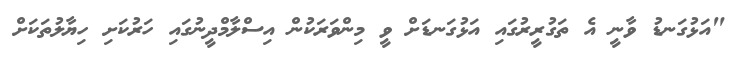
"އަޅުގަނޑު ވާނީ އެ ތަގުރީރުގައި އަޅުގަނޑަށް ވީ މިންވަރަކުން އިސްލާމްދީނުގައި ހަރުކަށި ހިޔާލުތަކަށް